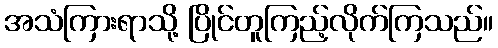
အသံကြားရာသို့ ပြိုင်တူကြည့်လိုက်ကြသည်။